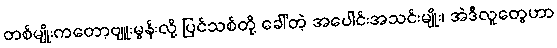
တစ်မျိုးကတော့ဗျူးမွန်းလို့ ပြင်သစ်တို့ ခေါ်တဲ့ အပေါင်းအသင်းမျိုး၊ အဲဒီလူတွေဟာ